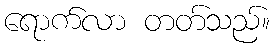
ရောက်လာ တတ်သည်။